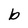
Character: b